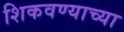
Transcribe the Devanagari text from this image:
शिकवण्याच्या